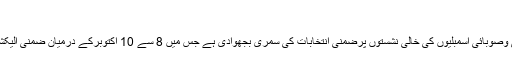
پویس ...
اسلام آباد: الیکشن کمیشن نے قومی وصوبائی اسمبلیوں کی خالی نشستوں پرضمنی انتخابات کی سمری بجھوادی ہے جس میں 8 سے 10 اکتوبرکے درمیان ضمنی الیکشن کروانے کی تجویزدی گئی ہے۔